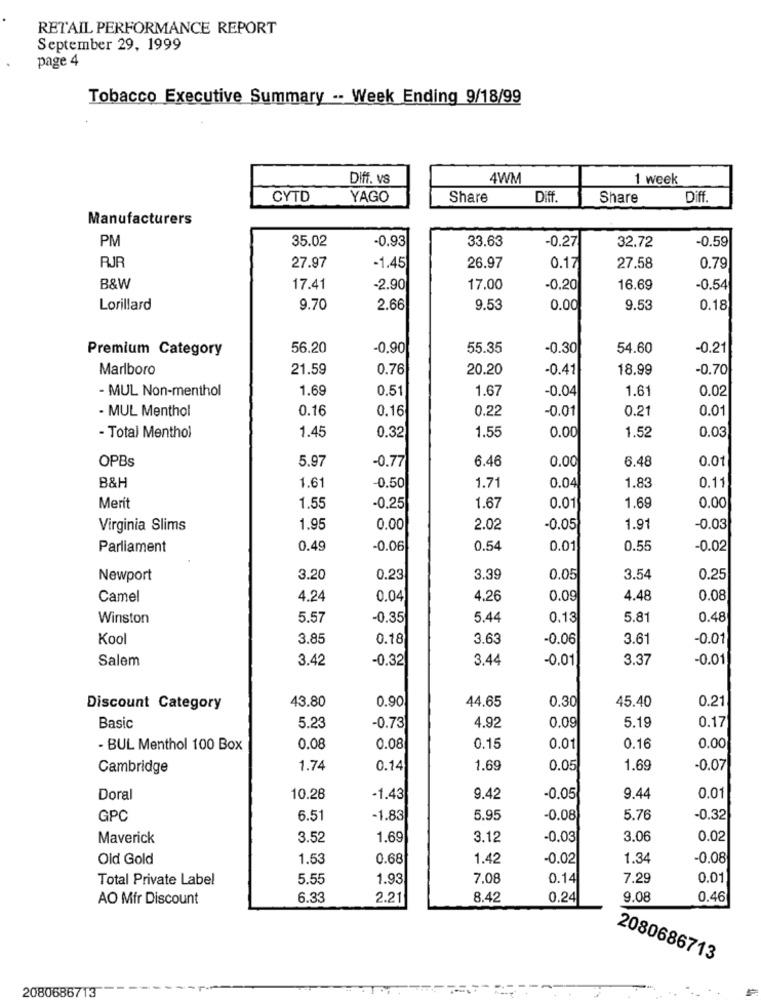
RETAIL PERFORMANCE REPORT
September 29, 1999
page 4
Tobacco Executive Summary -- Week Ending 9/18/99
Diff. VS
4WM
1 week
CYTD
YAGO
Share
Diff.
Share
Diff.
Manufacturers
PM
35.02
-0.93
33.63
-0.59
-0.27
32.72
RJR
27.97
-1.45
26.97
0.17
27.58
0.79
B&W
17.41
-2.90
17.00
-0.20
16.69
-0.54
Lorillard
9.70
2.66
9.53
0.00
9.53
0.18
Premium Category
56.20
-0.90
55.35
-0.30
54.60
-0.21
Marlboro
21.59
0.76
20.20
-0.41
18.99
-0.70
- MUL Non-menthol
1.69
0.51
1.67
-0.04
1.61
0.02
- MUL Menthol
0.16
0.16
0.22
-0.01
0.21
0.01
- Total Menthol
1.45
1.55
0.03
0.32
0.00
1.52
OPBs
5.97
6.46
0.00
6.48
0.01
-0.77
1.61
1.71
1.83
B&H
-0.50
0.04
0.11
Merít
1.55
-0.25
1.67
0.01
1.69
0.00
Virginia Slims
1.95
0.00
2.02
-0.05
1.91
-0.03
Parliament
0.49
-0.06
0.54
0.01
0.55
-0.02
Newport
3.20
0.23
3.39
0.05
3.54
0.25
Camel
4.24
0.04
4.26
0.09
4.48
0.08
Winston
5.57
-0.35
5.44
0.13
5.81
0.48
Kool
3.85
0.18
3.63
-0.06
3.61
-0.01
Salem
3.42
-0.32
3.44
-0.01
3.37
-0.01
0.90
44.65
0.30
45.40
0.21
Discount Category
43.80
Basic
5.23
-0.73
4.92
0.09
5.19
0.17
- BUL Menthol 100 Box
0.08
0.08
0.15
0.01
0.16
0.00
Cambridge
1.74
0.14
1.69
0.05
1.69
-0.07
Doral
10.28
-1.43
9.42
-0.05
9.44
0.01
GPC
6.51
-1.83
5.95
-0.08
5.76
-0.32
Maverick
3.52
1.69
3.12
-0.03
3.06
0.02
Old Gold
1.53
0.68
1.42
-0.02
1.34
-0.08
Total Private Label
5.55
1.93
7.08
0.14
7.29
0.01
AO Mfr Discount
6.33
2.21
8.42
0.24
9.08
0.46
2080686713
2080686713